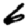
Digit: 6